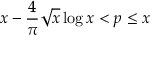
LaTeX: x - { \frac { 4 } { \pi } } { \sqrt { x } } \log x < p \leq x